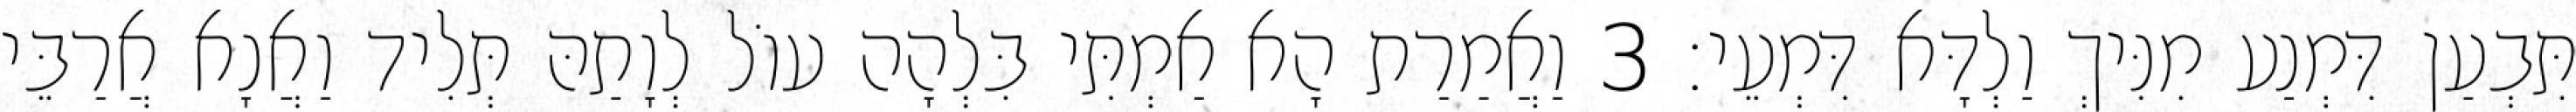
תִּבְעַן דִּמְנַע מִנִּיךְ וַלְדָּא דִּמְעֵי׃ 3 וַאֲמַרַת הָא אַמְתִּי בִּלְהָה עוֹל לְוָתַהּ תְּלִיד וַאֲנָא אֲרַבֵּי